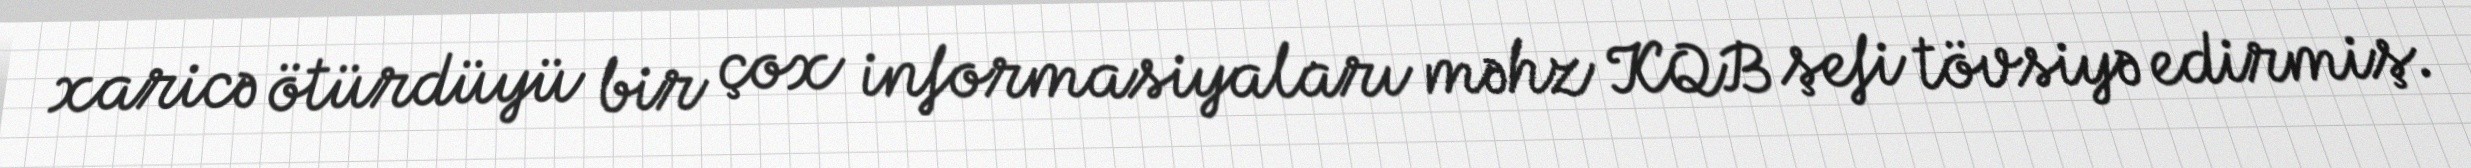
xaricə ötürdüyü bir çox informasiyaları məhz KQB şefi tövsiyə edirmiş.